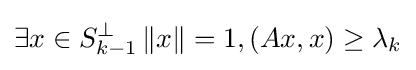
\exists x\in S_{k-1}^{\perp }\,\|x\|=1,(Ax,x)\geq \lambda _{k}